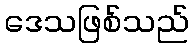
ဒေသဖြစ်သည်